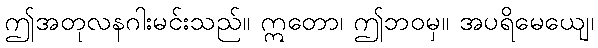
ဤအတုလနဂါးမင်းသည်။ ဣတော၊ ဤဘဝမှ။ အပရိမေယျေ၊